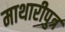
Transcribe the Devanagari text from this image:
माथारीपुत्र